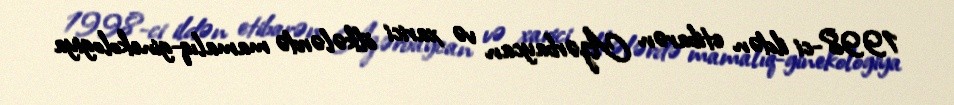
1998-ci ildən etibarən Azərbaycan və xarici ölkələrdə mamalıq-ginekologiya